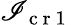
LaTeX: \mathscr{I}_{\mathrm{{~c~r~1~}}}